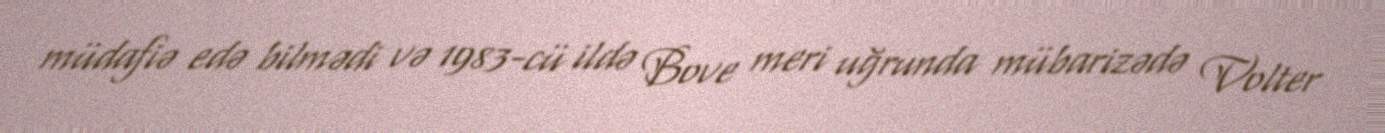
müdafiə edə bilmədi və 1983-cü ildə Bove meri uğrunda mübarizədə Volter